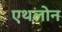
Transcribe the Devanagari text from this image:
एथलोन